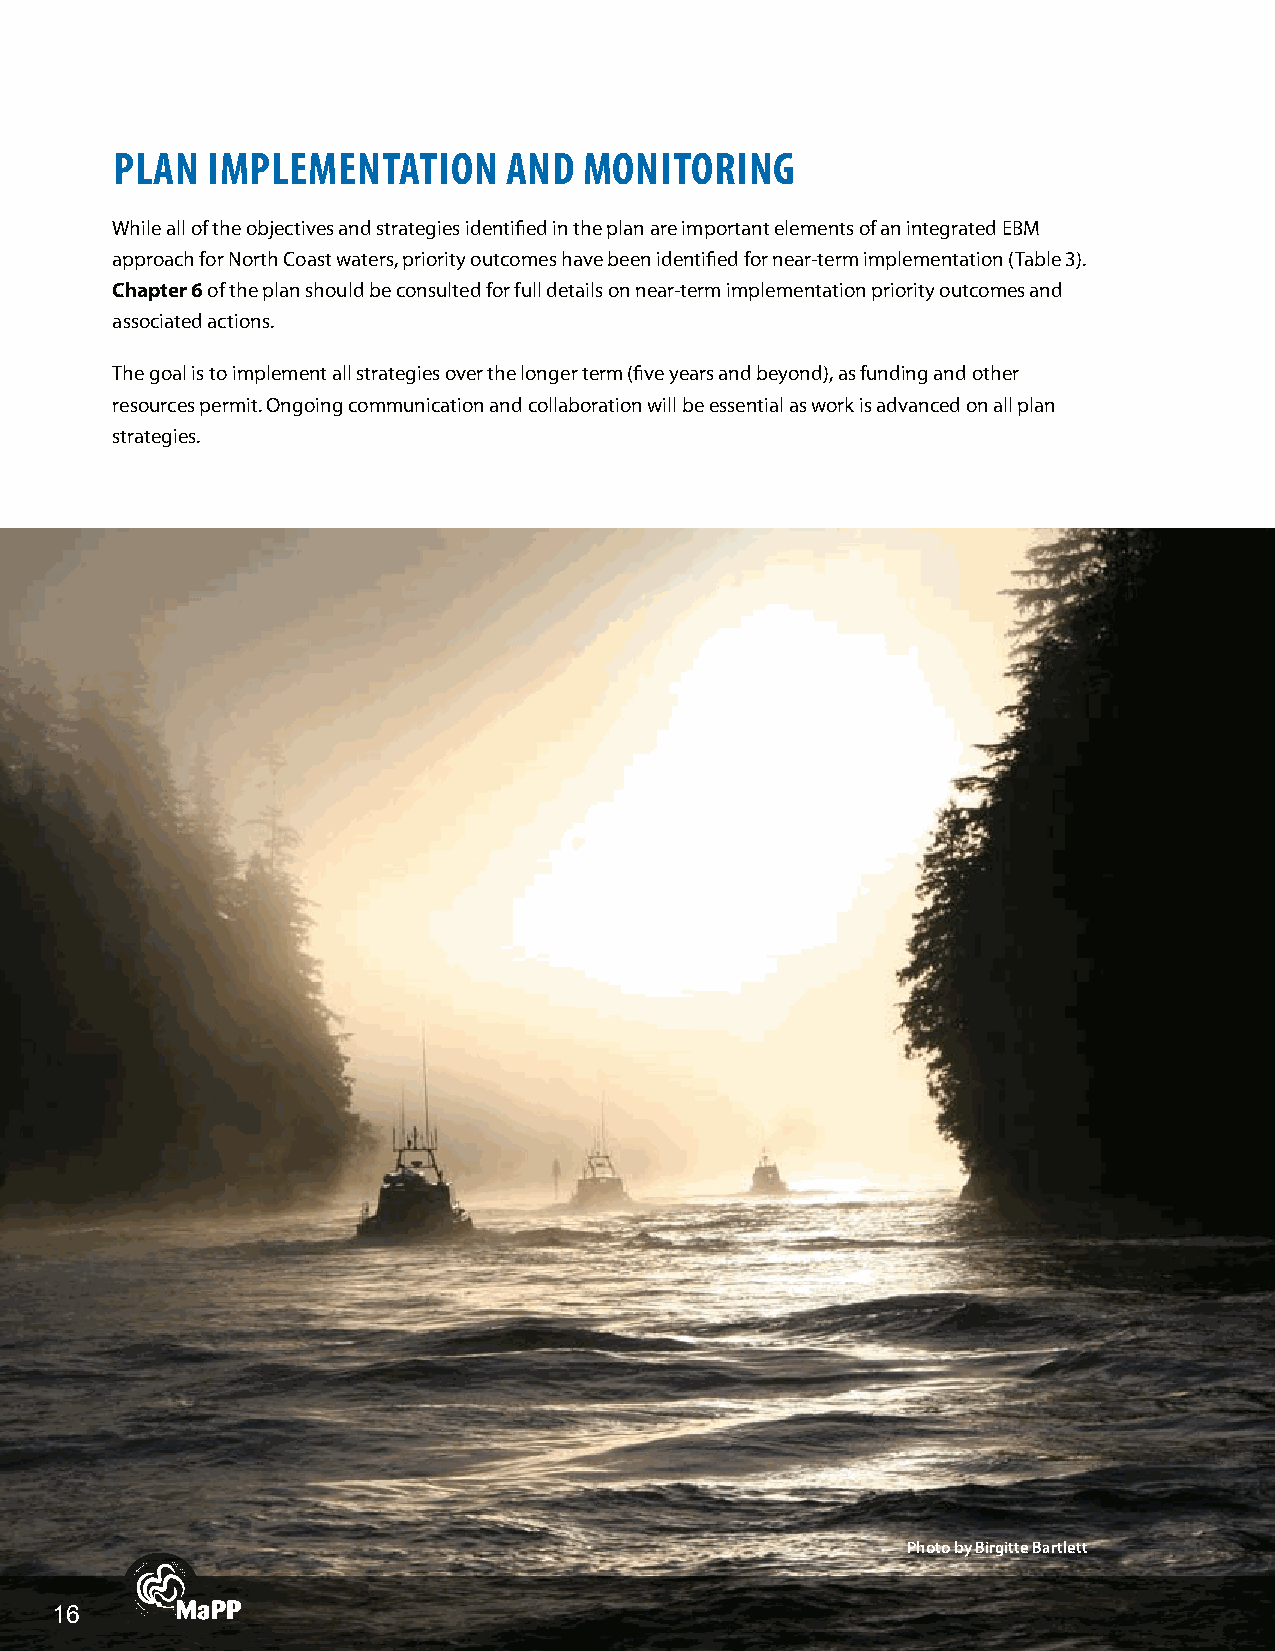
PLAN   IMPLEMENTATION     AND   MONITORINg
 While all of the objectives and strategies identified in the plan are important elements of an integrated EBM
 approach for North Coast waters, priority outcomes have been identified for near-term implementation (Table 3).
 Chapter6 of the plan should be consulted for full details on near-term implementation priority outcomes and
 associated actions.
 The goal is to implement all strategies over the longer term (five years and beyond), as funding and other
 resources permit. Ongoing communication and collaboration will be essential as work is advanced on all plan
 strategies.
 Photo by Birgitte Bartlett
 1166